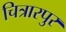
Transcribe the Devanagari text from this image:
चित्रारपुर